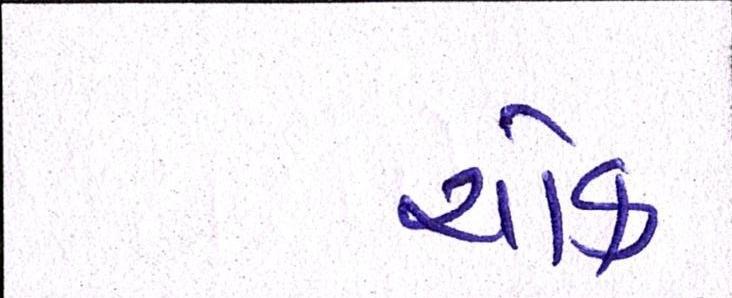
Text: ચોક